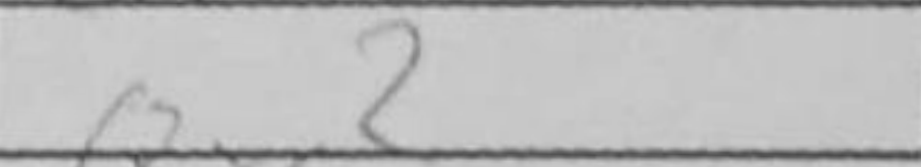
Transcription: Qxc2